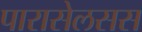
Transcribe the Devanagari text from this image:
पारासेलसस